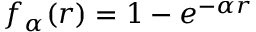
f _ { \alpha } ( r ) = 1 - e ^ { - \alpha r }